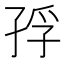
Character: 𭓅